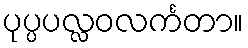
ပုပ္ပပလ္လဝလင်္ကတာ။